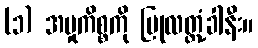
(၁) အမှုကိစ္စကို ပြုလတ္တံ့ခါနီး။